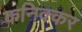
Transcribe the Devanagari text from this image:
कनिक्कर